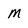
Character: m